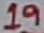
Text: 19